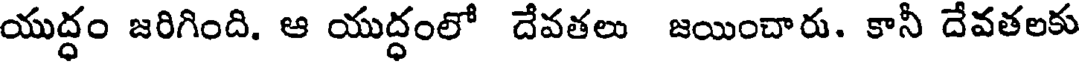
యుద్ధం జరిగింది. ఆ యుద్ధంలో దేవతలు జయించారు. కానీ దేవతలకు